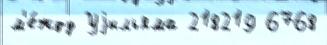
м'е́жду Уjильяма 218219 6768